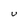
Character: U